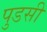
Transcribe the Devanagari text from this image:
पुडसी